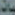
بات